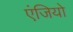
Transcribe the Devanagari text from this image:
एंजियो